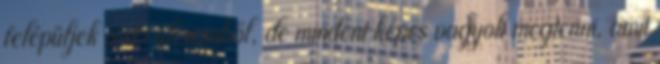
felépüljek a sérülésemből, de mindent képes vagyok megtenni, amit